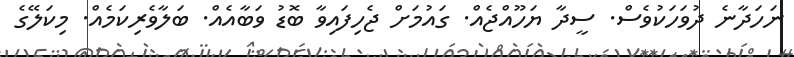
ނަހަދާނެ ދުވަހަކުވެސް. ސީދާ ޔަހޫއްޖެއް. ގައުމަށް ޖެހިފައިވާ ބޮޑު ވަބާއެއް. ބަލާވެރިކަމެއް. މިކަލޭގެ